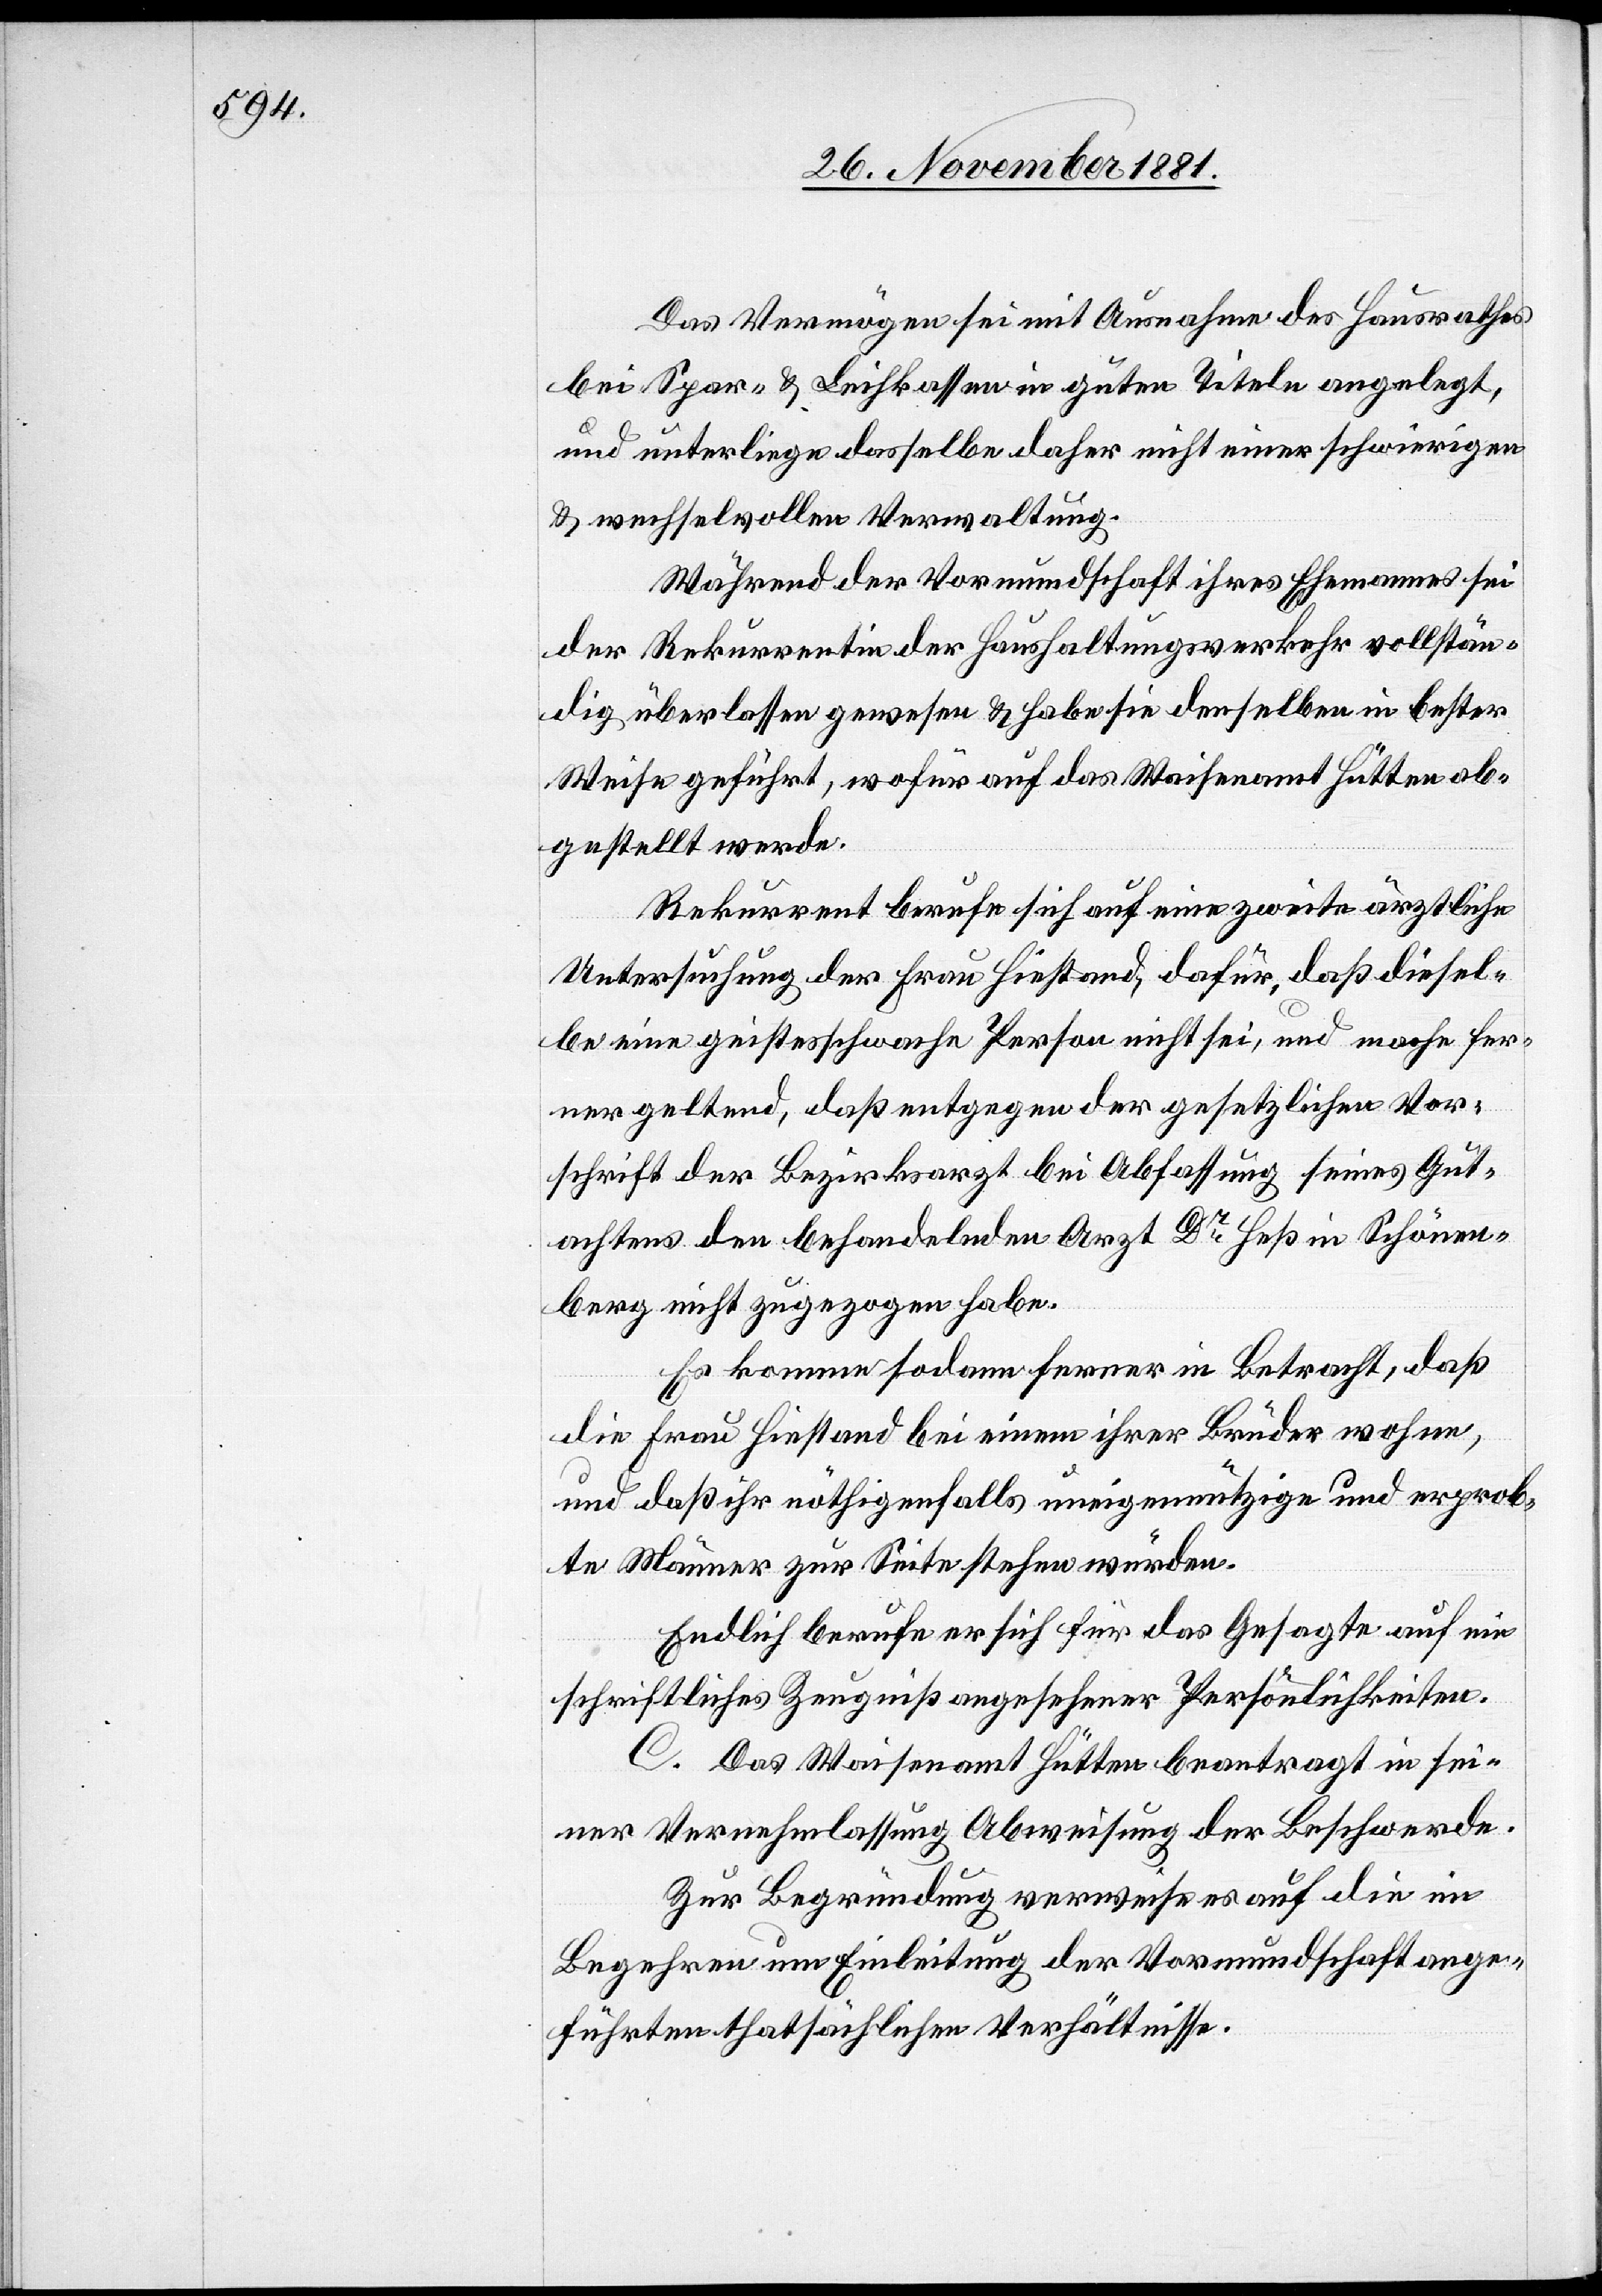
Das Vermögen sei mit Ausnahme des Hausrathes
bei Spar- & Leihkassen in guten Titeln angelegt,
und unterliege dasselbe daher nicht einer schwierigen
& wechselvollen Verwaltung.
Während der Vormundschaft ihres Ehemannes sei
der Rekurrentin der Haushaltungsverkehr vollstän¬
dig überlassen gewesen & habe sie denselben in bester
Weise geführt, wofür auf das Waisenamt Hütten ab¬
gestellt werde.
Rekurrent berufe sich auf eine zweite ärztliche
Untersuchung der Frau Hiestand, dafür, daß diesel¬
be eine geistesschwache Person nicht sei, und mache fer¬
ner geltend, daß entgegen der gesetzlichen Vor¬
schrift der Bezirksarzt bei Abfassung seines Gut¬
achtens den behandelnden Arzt Dr Heß in Schönen¬
berg nicht zugezogen habe.
Es komme sodann ferner in Betracht, daß
die Frau Hiestand bei einem ihrer Brüder wohne,
und daß ihr nöthigenfalls uneigennützige und erprob¬
te Männer zur Seite stehen würden.
Endlich berufe er sich für das Gesagte auf ein
schriftliches Zeugniß angesehener Persönlichkeiten.
C. Das Waisenamt Hütten beantragt in sei¬
ner Vernehmlassung Abweisung der Beschwerde.
Zur Begründung verweise es auf die im
Begehren um Einleitung der Vormundschaftange¬
führten thatsächlichen Verhältnisse.